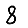
Digit: 8